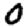
Digit: 0